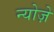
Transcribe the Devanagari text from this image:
न्योज़े